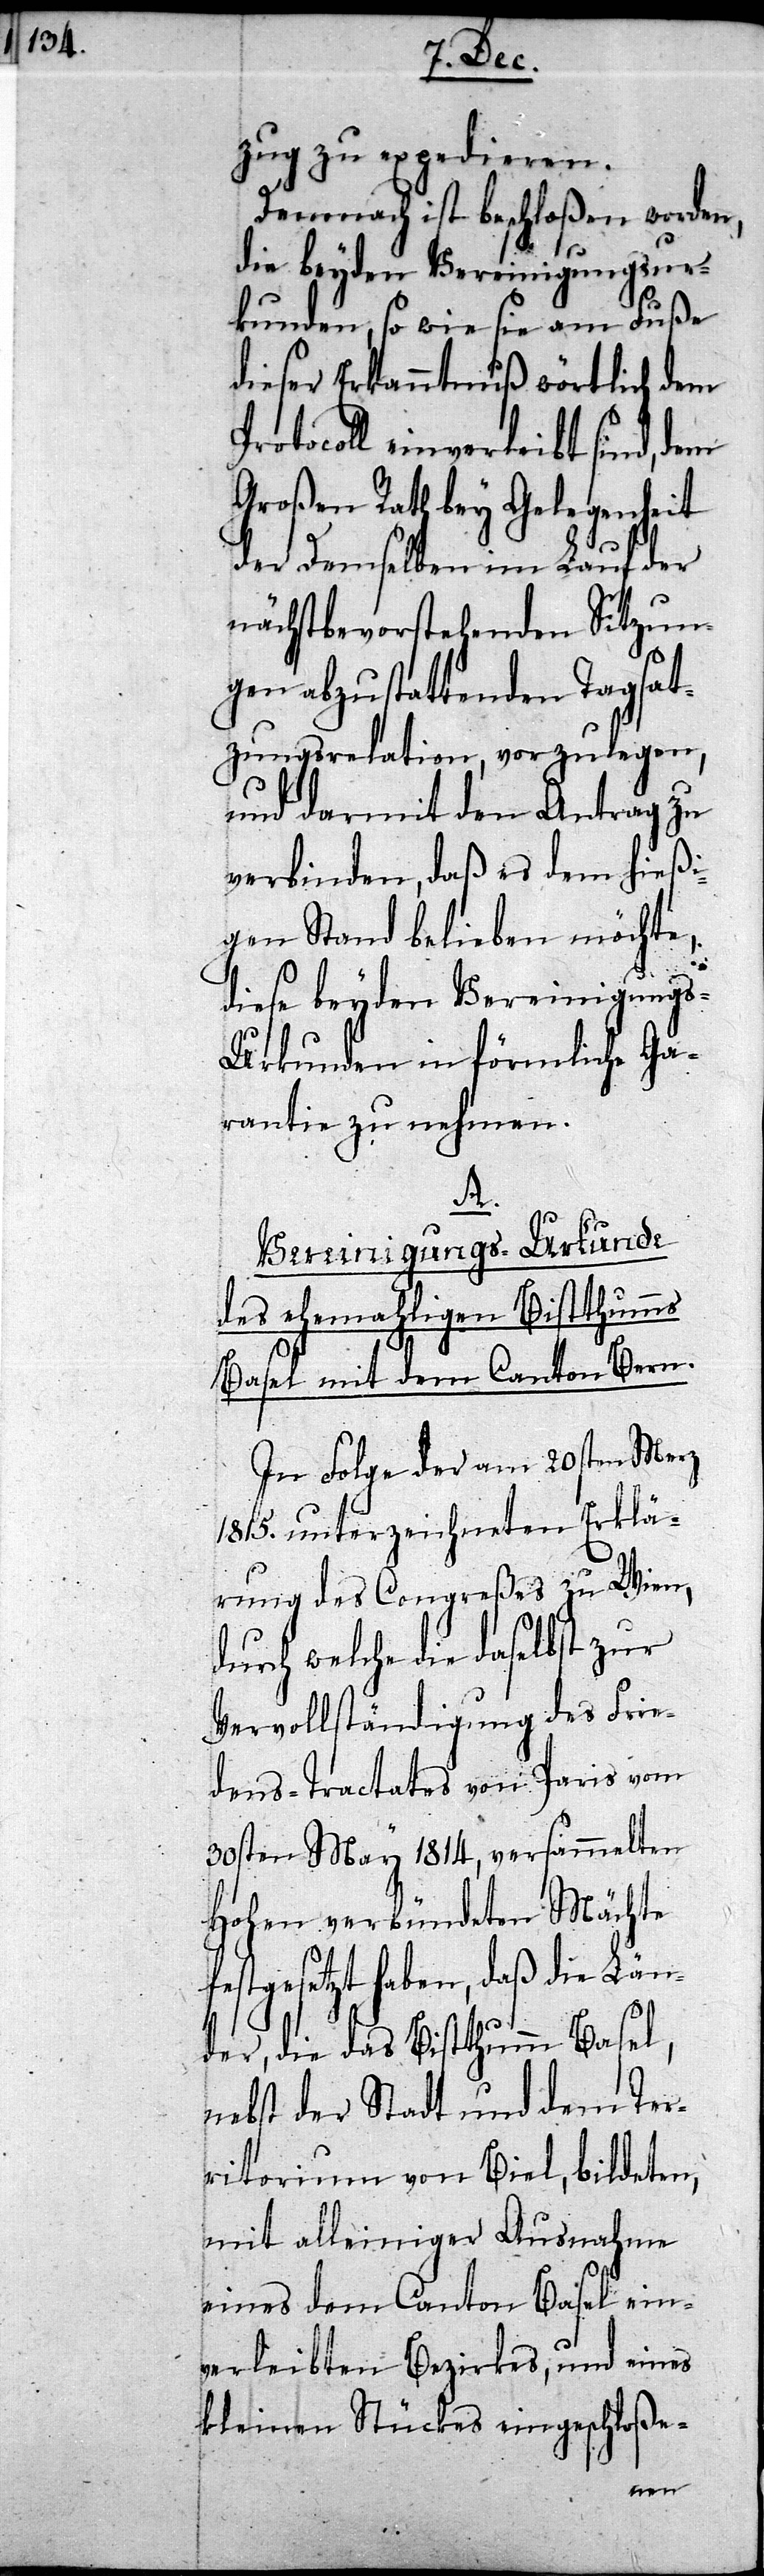
zug zu expedieren.
Demnach ist beschloßen worden,
die beyden Vereinigungsur¬
kunden, so wie sie am Fuße
dieser Erkanntnuß wörtlich dem
Protocoll einverleibt
dem
Großen Rath bey Gelegenheit
der demselben im Lauf der
nächstbevorstehenden Sitzun¬
gen abzustattenden Tagsat¬
zungsrelation, vorzulegen,
und darmit den Antrag zu
verbinden, daß es dem
igen Stand belieben möchte,
diese beyden Vereinigung¬
s-Urkunden in förmliche
rantie zu nehmen.
f¬
Vereinigungs-Urkunde
des ehemahligen Bistthumms
Basel mit den Canton Be¬
In Folge der am 20sten Merz
1815. unterzeichneten Erklä¬
rung des Congreßes zu Wien,
durch welche die daselbst zur
Vervollständigung des Frie¬
dens-Tractates von Paris vom
30sten May 1814, versammelten
Hohen verbündeten Mächte
estgesetzt haben, daß die Län¬
der, die das Bistthumm Basel,
nebst der Stadt und dem Ter¬
ritorium von Biel, bildeten,
mit alleiniger Ausnahme
eines dem Canton Basel ein¬
verleibten Bezirkes, und eines
kleinen Stückes eingeschloße-